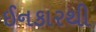
ઈનકારથી